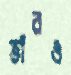
তাঁরও